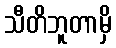
သီတိဘူတာမှိ